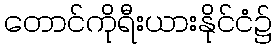
တောင်ကိုရီးယားနိုင်ငံ၌